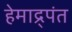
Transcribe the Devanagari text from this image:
हेमाद्र्पंत